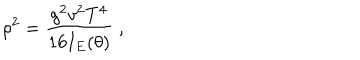
\rho ^ { 2 } = \frac { g ^ { 2 } v ^ { 2 } T ^ { 4 } } { 1 6 I _ { E } ( \theta ) } \; ,